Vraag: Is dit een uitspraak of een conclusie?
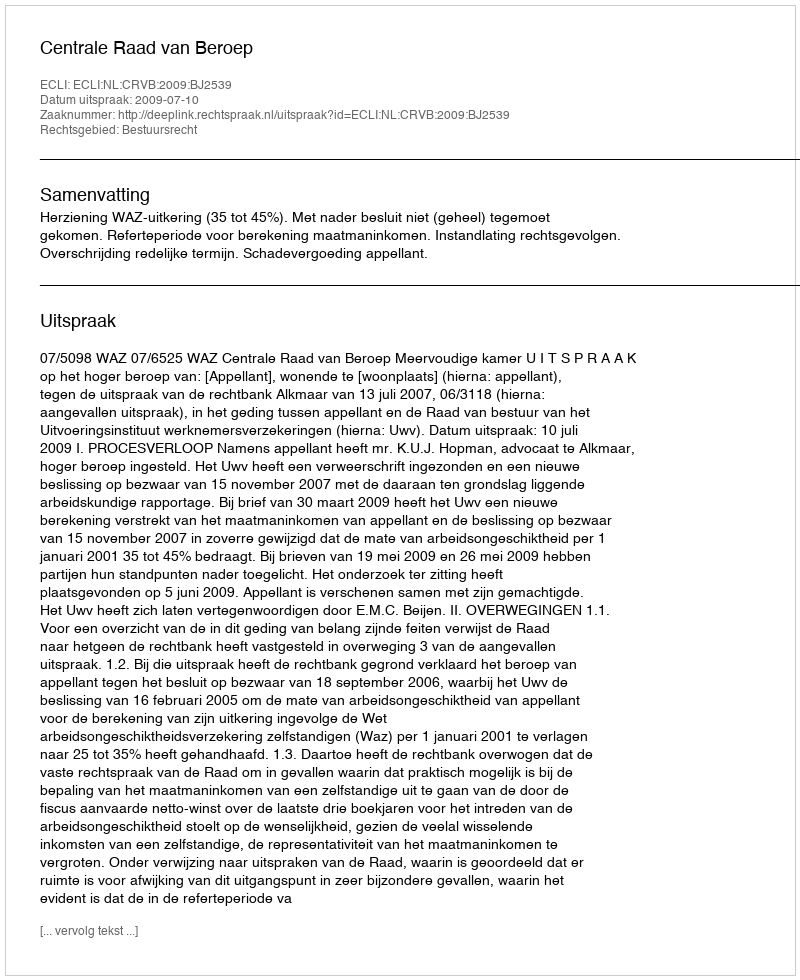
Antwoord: Uitspraak